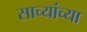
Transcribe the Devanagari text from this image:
साच्यांच्या